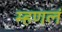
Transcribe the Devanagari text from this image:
म्हणलं